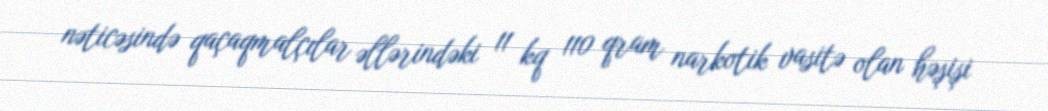
nəticəsində qaçaqmalçılar əllərindəki 11 kq 110 qram narkotik vasitə olan həşişi